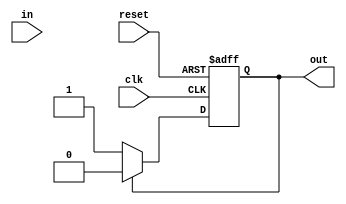
module Schmitt_trigger_inverter (
    input wire clk,
    input wire reset,
    input wire in,
    output wire out
);

reg out_reg;

always @ (posedge clk or posedge reset)
begin
    if (reset)
        out_reg <= 1'b0;
    else
    begin
        if (out_reg == 1'b1)
            out_reg <= 1'b0;
        else if (out_reg == 1'b0)
            out_reg <= 1'b1;
    end
end

assign out = out_reg;

endmodule